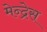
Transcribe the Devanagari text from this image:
मेन्द्रेस